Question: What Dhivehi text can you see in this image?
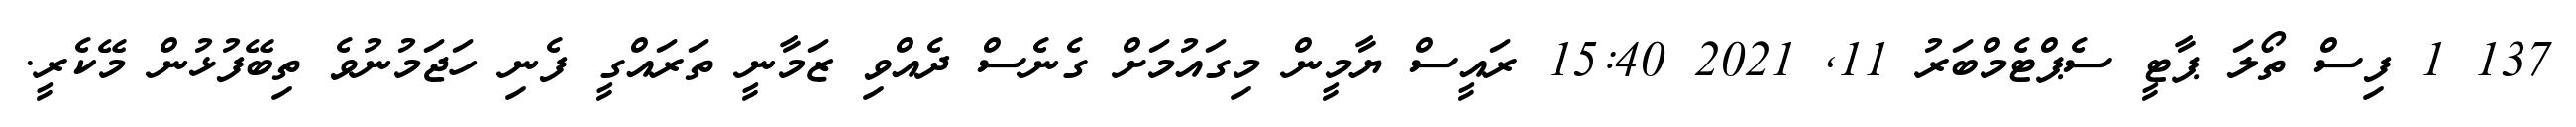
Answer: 137 1 ފިސް ތޯލަ ޕާޓީ ސެޕްޓެމްބަރު 11, 2021 15:40 ރައީސް ޔާމީން މިގައުމަށް ގެނެސް ދެއްވި ޒަމާނީ ތަރައްގީ ފެނި ހަޖަމުނުވެ ތިބޭފުޅުން މޭކެރީ.